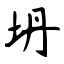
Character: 坍